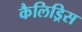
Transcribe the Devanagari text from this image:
कैलिड्रिस